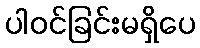
ပါဝင်ခြင်းမရှိပေ